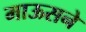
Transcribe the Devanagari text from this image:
माऊसने